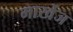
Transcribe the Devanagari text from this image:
मार्खेज